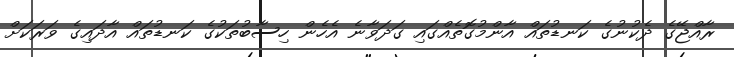
ރާއްޖޭގެ ދެކުނުގެ ކަނޑުތައް އާންމުގޮތެއްގައި ގަދަވާނެ އެހެން ހިސާބުތަކުގެ ކަނޑުތައް އާދައިގެ ވަރަކަށް